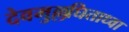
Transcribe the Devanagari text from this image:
देवमुल्लघिताध्वा